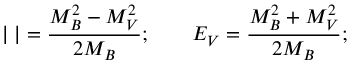
\vert { \bf \Delta } \vert = \frac { M _ { B } ^ { 2 } - M _ { V } ^ { 2 } } { 2 M _ { B } } ; \qquad E _ { V } = \frac { M _ { B } ^ { 2 } + M _ { V } ^ { 2 } } { 2 M _ { B } } ;